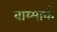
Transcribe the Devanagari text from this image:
वाय्मार्क